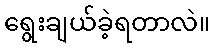
ရွေးချယ်ခဲ့ရတာလဲ။